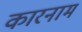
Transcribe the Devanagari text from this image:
कारनाम